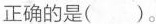
正确的是()。